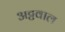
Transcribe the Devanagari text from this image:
अट्टवाल